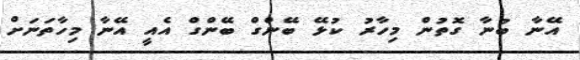
އޭނާ ބުނާ ގޮތުން މިހާރު ކުޅޭ ބޭންގް ބޭންގް އެއީ އޭނާ މިހާތަނަށް